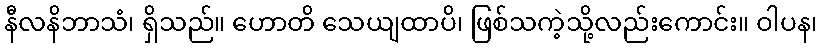
နီလနိဘာသံ၊ ရှိသည်။ ဟောတိ သေယျထာပိ၊ ဖြစ်သကဲ့သို့လည်းကောင်း။ ဝါပန၊